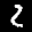
Label: 2